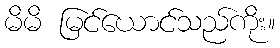
မိမိ မြင်ယောင်သည်ကိုး။